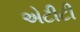
એટીટી